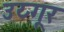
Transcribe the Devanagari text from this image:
उय्गूर